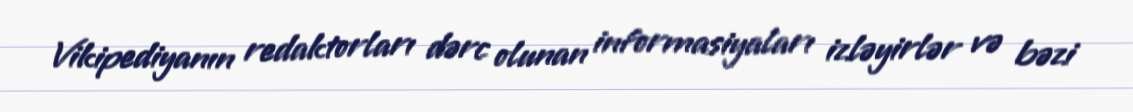
Vikipediyanın redaktorları dərc olunan informasiyaları izləyirlər və bəzi